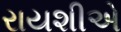
રાયશીએ